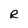
Character: R